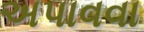
અપાવવા